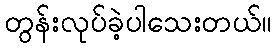
တွန်းလုပ်ခဲ့ပါသေးတယ်။